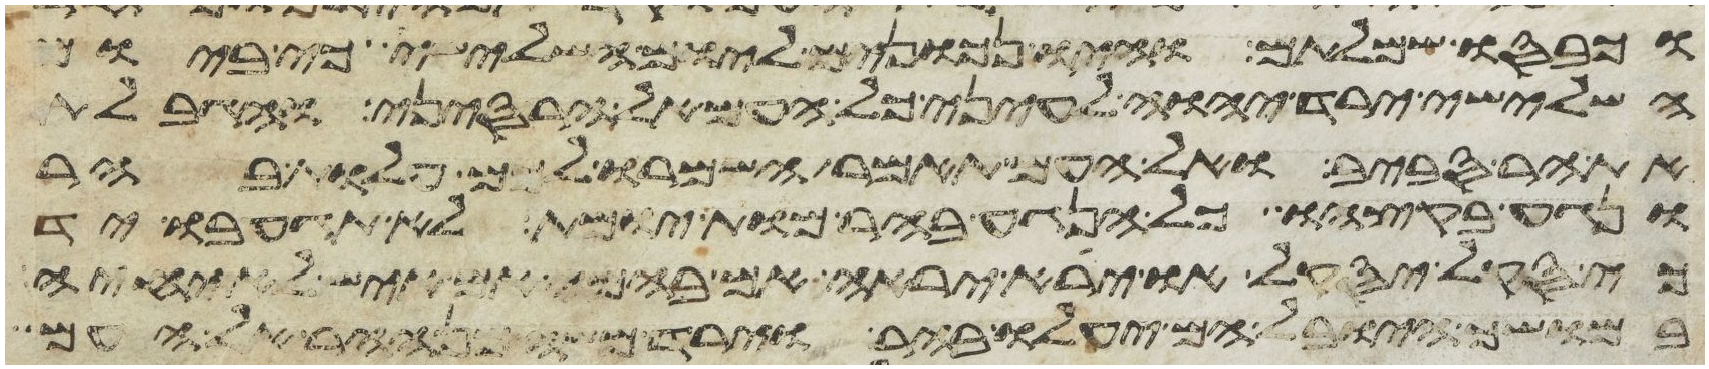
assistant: וכבסו שמלותם והיו נכונים ליום השלישי כי ביום
השלישי ירד יהוה לעיני כל העם אל הר סיני והגבלת
את ההר סביב ואל העם תאמר השמרו לכם עלות בהר
ונגע בקצהו כל הנגע בהר מות יומת לא תגע בו יד
כי סקל יסקל או ירא יראה אם בהמה אם איש לא יחיה
במושך היובל הם יעלו בהר וירד משה מן ההר אל העם